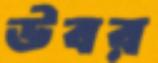
উবর